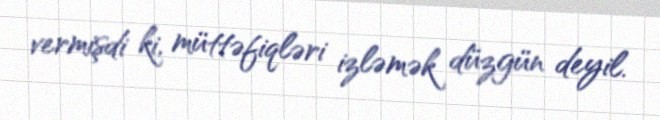
vermişdi ki, müttəfiqləri izləmək düzgün deyil.